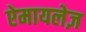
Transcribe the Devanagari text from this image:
ऐमायलेज़